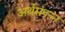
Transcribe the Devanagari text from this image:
अर्थसंपन्न